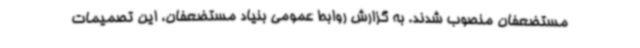
مستضعفان منصوب شدند. به گزارش روابط عمومی بنیاد مستضعفان، این تصمیمات